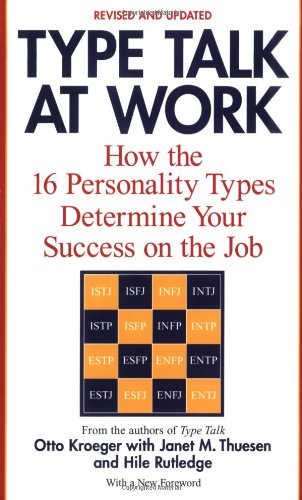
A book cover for Type Talk at Work (Revised): How the 16 Personality Types Determine Your Success on the Job; Otto Kroeger; Health, Fitness & Dieting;